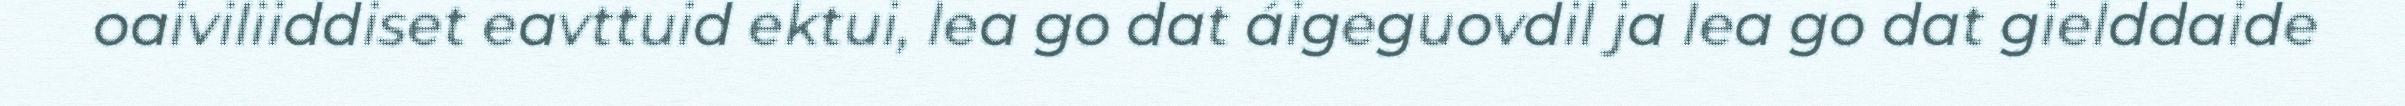
oaiviliiddiset eavttuid ektui, lea go dat áigeguovdil ja lea go dat gielddaide